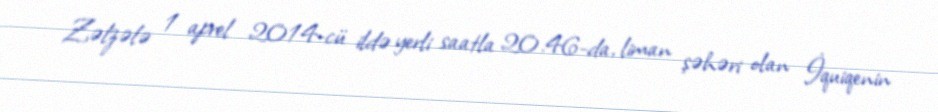
Zəlzələ 1 aprel 2014-cü ildə yerli saatla 20.46-da, liman şəhəri olan İquiqenin